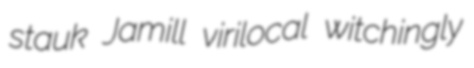
stauk Jamill virilocal witchingly